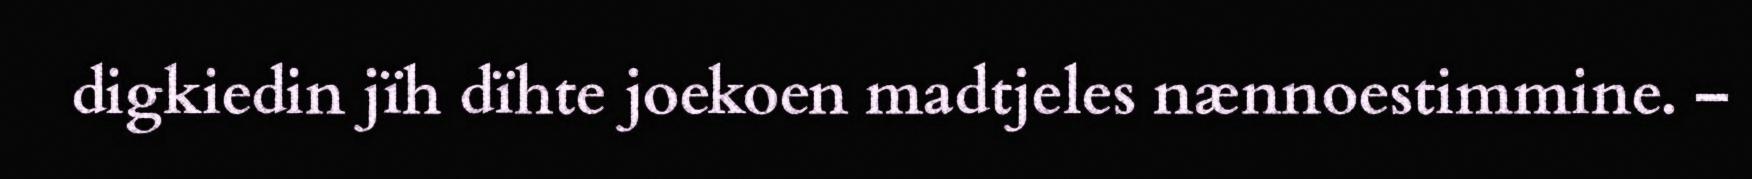
digkiedin jïh dïhte joekoen madtjeles nænnoestimmine. –